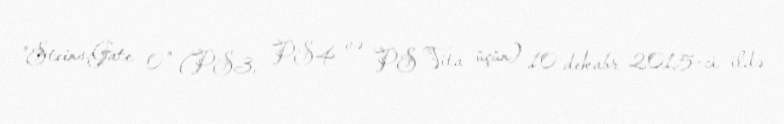
"Steins;Gate 0" (PS3, PS4 və PS Vita üçün) 10 dekabr 2015-ci ildə